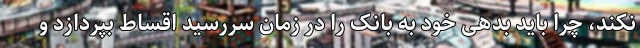
نکند، چرا باید بدهی خود به بانک را در زمان سررسید اقساط بپردازد و